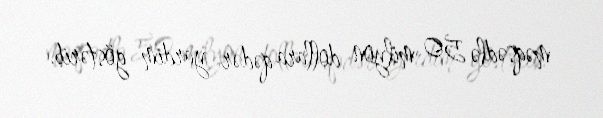
məqsədlə 50 milyon dollara qədər yardım göstərib.